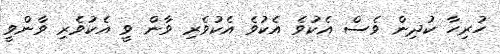
ހުރިހާ ކުދިން ވެސް އެކުވެ އެކުވެ އެކުވެރި ވާން ވީ އެކުވެރި ވާންވީ